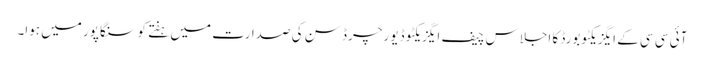
آئی سی سی کے ایگزیکٹو بورڈ کا اجلاس چیف ایگزیکٹو ڈیو رچرڈ سن کی صدارت میں ہفتے کو سنگاپور میں ہوا۔